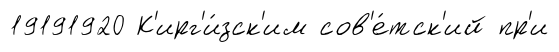
19191920 К'ирг'и́зск'им сов'е́тск'ий пр'и